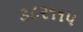
૩૮૨૧૧૫